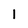
Character: 1